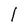
Character: l